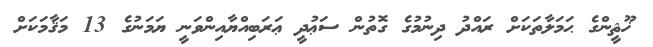
ޚޫޘީންގެ ޙަމަލާތަކަށް ރައްދު ދިނުމުގެ ގޮތުން ސަޢުދީ ޢަރަބިއްޔާއިންވަނީ ޔަމަނުގެ 13 މަޤާމަކަށް